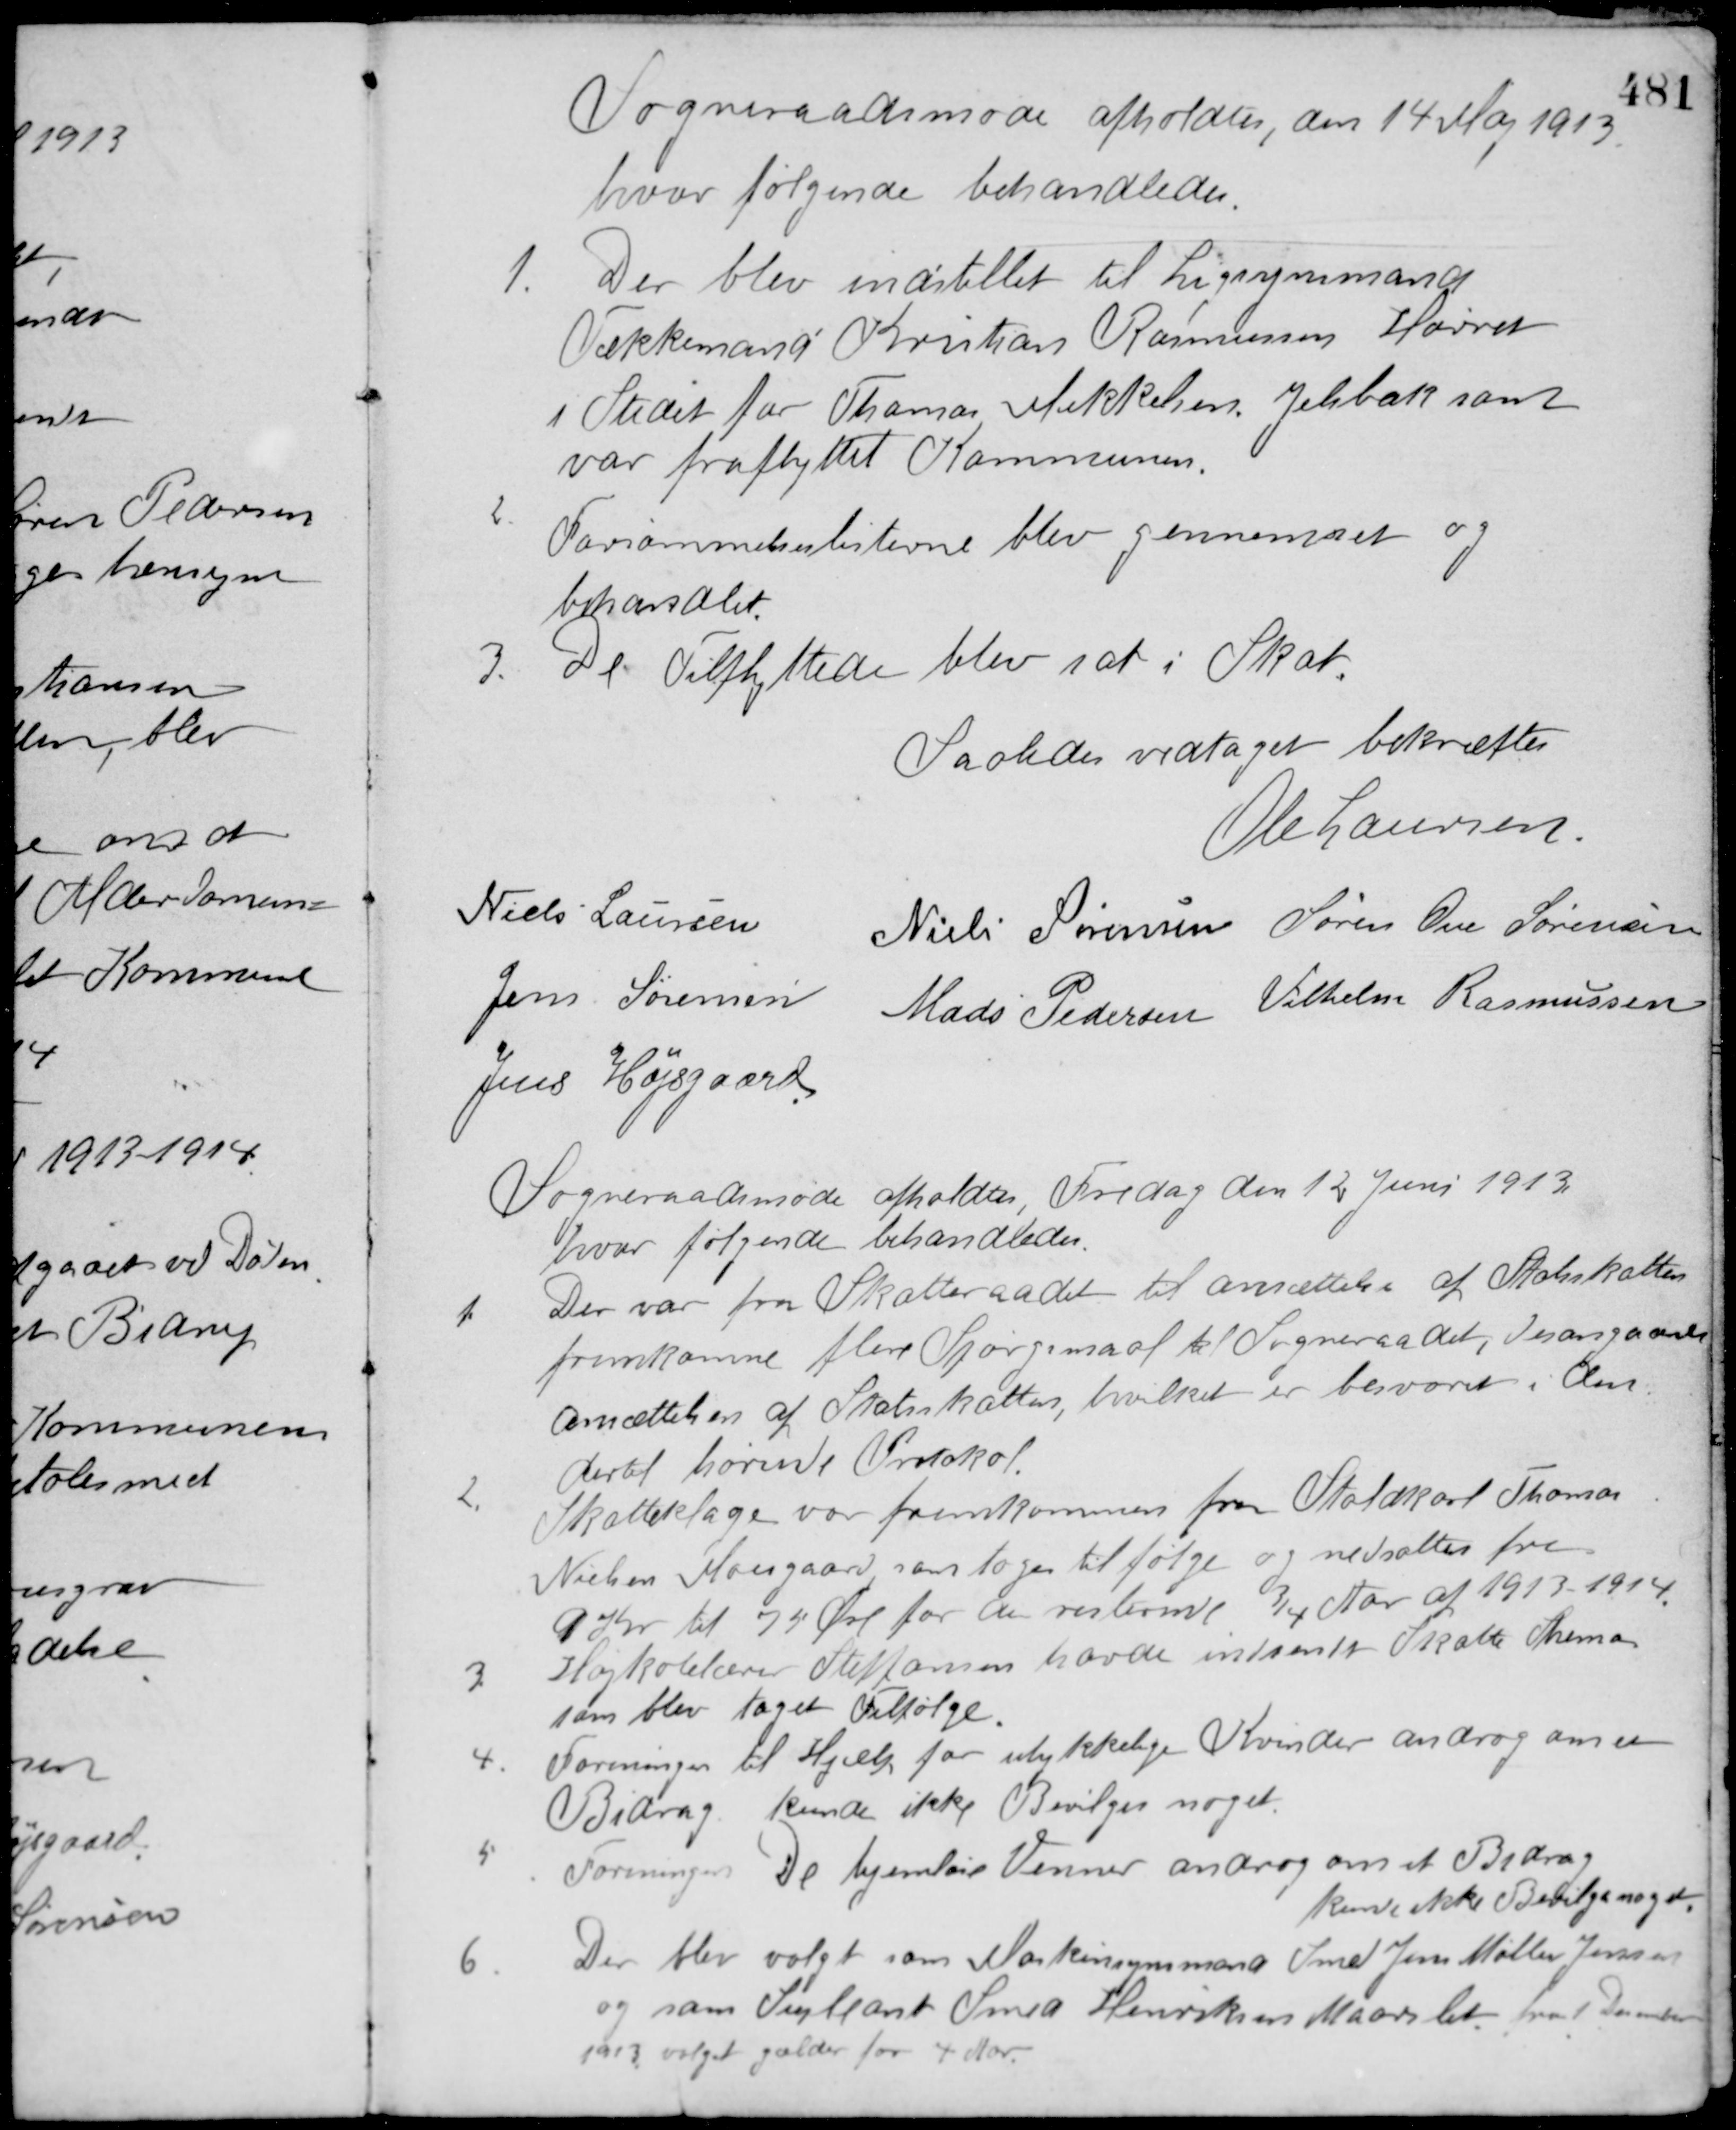
Transskription:
Sogneraadsmøde afholdtes, den 14 Maj 1913.
hvor følgende behandledes.
1. Der blev indstillet til Ligsynsmand
Tækkemand Kristian Rasmussen Hørret.
i Stedet for Thomas Mikkelsen, Jelbæk som
var fraflyttet Kommunen.
2. Forsømmelseslisterne blev gennemset og
behandlet.
3. De Tilflyttede blev sat i Skat.
Saaledes vedtaget bekræftes
Ole Laursen
Niels Laursen
Niels Sørensen Søren Ove Sørensen
Jens Sørensen
Mads Pedersen Vilhelm Rasmussen
Jens Højsgaard
Sogneraadsmøde afholdtes, Fredag den 12 Juni 1913
hvor følgende behandledes.
1. Der var fra Skatteraadet til ansættelse af Statsskatten
fremkomne flere Spørgsmaal til Sogneraadet, desangaaende
Ansættelsen af Statsskatten, hvilket er besvaret i den
dertil hørende Protokol.
Skatteklage var fremkommen fra Staldkarl Thomas
2.
Nielsen Moesgaard som tages til følge og nedsattes fra
9 Kr. til 74 Øre for de resterende 3/4 Aar af 1913 - 1914.
3. Højkolelærer Steffansen havde indsendt Skatte Skema
som blev taget Tilfølge.
4. Foreningen til Hjælp for ulykkelige Kvinder androg om et
Bidrag. kunde ikke Bevilges noget.
5. Foreningen De hjemløse Venner androg om et Bidrag.
kunde ikke Bevilge noget.
6. Der blev valgt som Maskinsynsmand Smed Jens Møller Jensen
og som Supleant Smed Henriksen Maarslet fra 1 December
1913 valget gælder for 4 Aar.